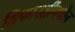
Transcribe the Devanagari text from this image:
शिफारशींमधील